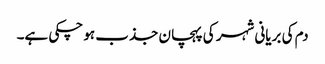
دم کی بریانی شہر کی پہچان جذب ہو چکی ہے۔